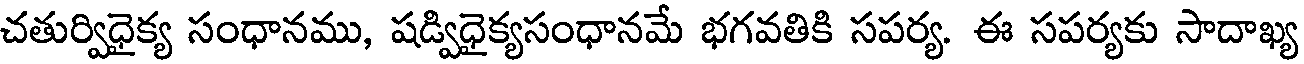
చతుర్విధైక్య సంధానము, షడ్విధైక్యసంధానమే భగవతికి సపర్య. ఈ సపర్యకు సాదాఖ్య